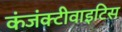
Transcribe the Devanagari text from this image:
कंजंक्टीवाइटिस